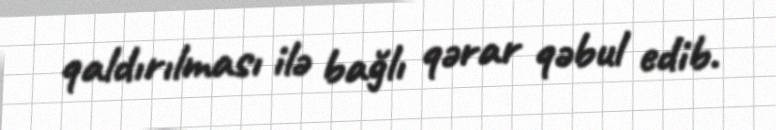
qaldırılması ilə bağlı qərar qəbul edib.